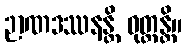
ဉာဏဒဿနန္တိ ဝုတ္တန္တိ။